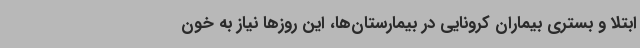
ابتلا و بستری بیماران کرونایی در بیمارستان‌ها، این روزها نیاز به خون